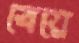
বেয়ে